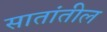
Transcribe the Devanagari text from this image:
सातांतील